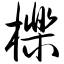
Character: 栎